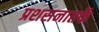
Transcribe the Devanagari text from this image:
प्रशसनातर्फे